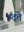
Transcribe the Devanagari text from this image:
म्दते